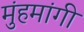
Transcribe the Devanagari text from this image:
मुंहमांगी